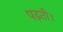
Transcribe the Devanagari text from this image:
पढ़ती।